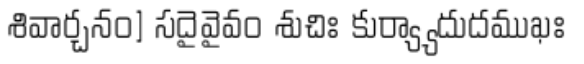
శివార్చనం] సదైవైవం శుచిః కుర్య్యాదుదముఖః